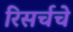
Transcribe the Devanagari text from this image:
रिसर्चचे